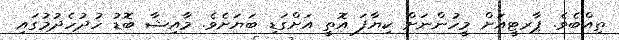
ތިއްބެވެ. ޕާރޓީއަށް މީހުންނަށް ކިޔާފަ އޮތީ އަށްގަޑި ބަޔަށެވެ. މާއިޝާ ބޮޑު ހުދުހެދުމުގައި